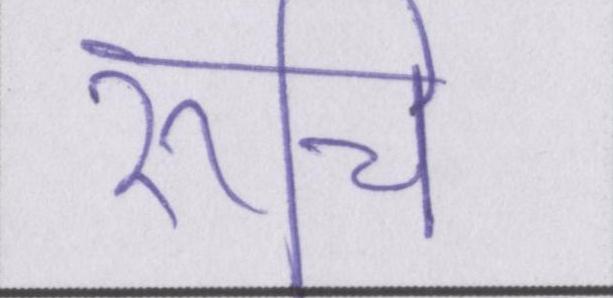
रूचि